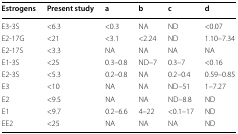
<table><thead><tr><td><b>Estrogens</b></td><td><b>Present study</b></td><td><b>a</b></td><td><b>b</b></td><td><b>c</b></td><td><b>d</b></td></tr></thead><tbody><tr><td>E3-3S</td><td>&lt;6.3</td><td>&lt;0.3</td><td>NA</td><td>ND</td><td>&lt;0.07</td></tr><tr><td>E2-17G</td><td>&lt;21</td><td>&lt;3.1</td><td>&lt;2.24</td><td>ND</td><td>1.10–7.34</td></tr><tr><td>E2-17S</td><td>&lt;3.3</td><td>NA</td><td>NA</td><td>NA</td><td>NA</td></tr><tr><td>E1-3S</td><td>&lt;25</td><td>0.3–0.8</td><td>ND–7</td><td>0.3–7</td><td>&lt;0.16</td></tr><tr><td>E2-3S</td><td>&lt;5.3</td><td>0.2–0.8</td><td>NA</td><td>0.2–0.4</td><td>0.59–0.85</td></tr><tr><td>E3</td><td>&lt;10</td><td>NA</td><td>NA</td><td>ND–51</td><td>1–7.27</td></tr><tr><td>E2</td><td>&lt;9.5</td><td>NA</td><td>NA</td><td>ND–8.8</td><td>ND</td></tr><tr><td>E1</td><td>&lt;9.7</td><td>0.2–6.6</td><td>4–22</td><td>&lt;0.1–17</td><td>ND</td></tr><tr><td>EE2</td><td>&lt;25</td><td>NA</td><td>NA</td><td>NA</td><td>ND</td></tr></tbody></table>